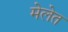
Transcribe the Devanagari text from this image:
मेलेत